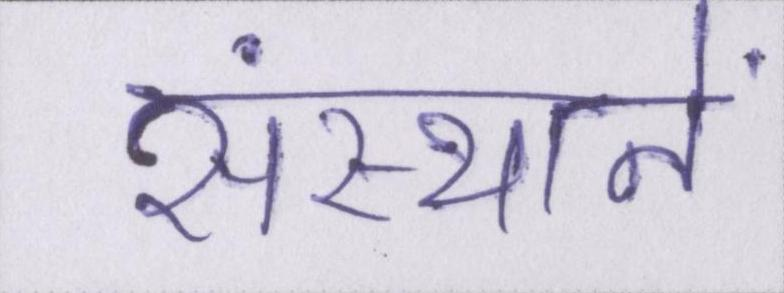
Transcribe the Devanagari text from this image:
संस्थानें